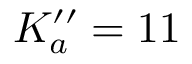
K _ { a } ^ { \prime \prime } = 1 1